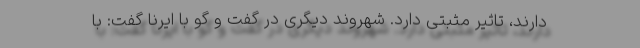
دارند، تاثیر مثبتی دارد. شهروند دیگری در گفت و گو با ایرنا گفت: با